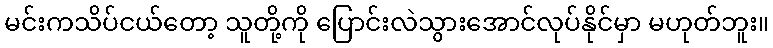
မင်းကသိပ်ငယ်တော့ သူတို့ကို ပြောင်းလဲသွားအောင်လုပ်နိုင်မှာ မဟုတ်ဘူး။